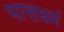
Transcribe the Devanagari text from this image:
भासधर्म